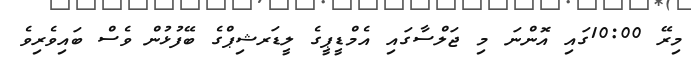
މިރޭ 10:00ގައި އޮންނަ މި ޖަލްސާގައި އެމްޑީޕީގެ ލީޑަރޝިޕްގެ ބޭފުޅުން ވެސް ބައިވެރިވެ